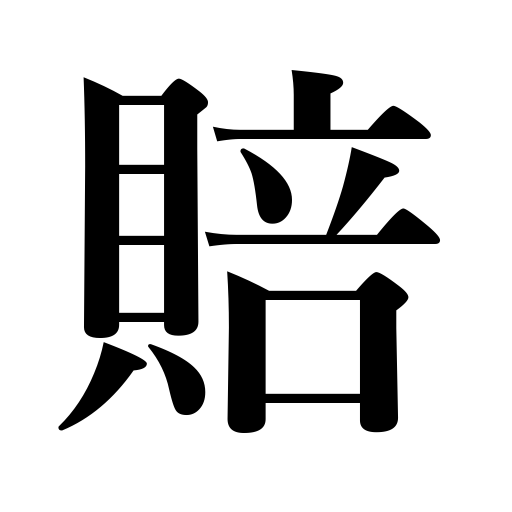
Meanings: indemnify